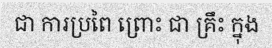
ជា ការប្រពៃ ព្រោះ ជា គ្រឹះ ក្នុង